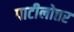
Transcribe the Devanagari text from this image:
पाटीलोत्तर